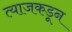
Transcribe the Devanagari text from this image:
त्याजकडून